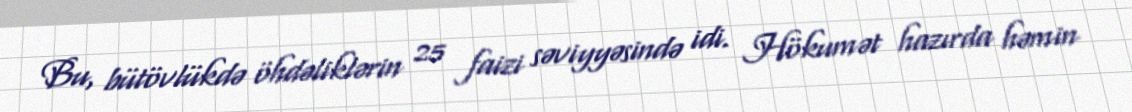
Bu, bütövlükdə öhdəliklərin 25 faizi səviyyəsində idi. Hökumət hazırda həmin